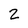
Character: 2